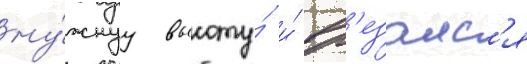
ну́жнуу высоту́ и́ вр'езалс'я